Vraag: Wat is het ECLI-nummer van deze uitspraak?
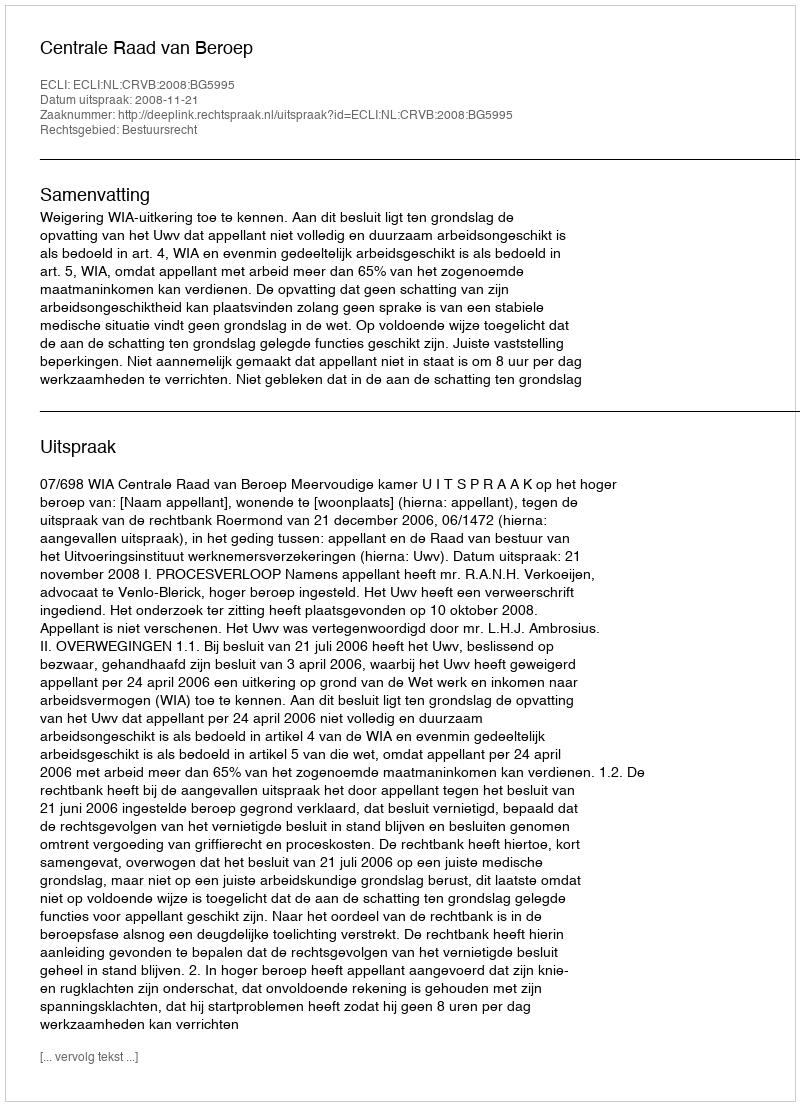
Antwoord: ECLI:NL:CRVB:2008:BG5995